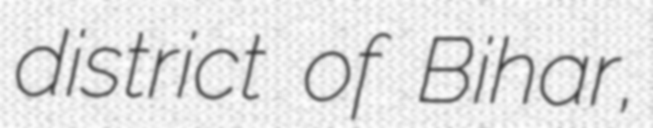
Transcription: district of Bihar,